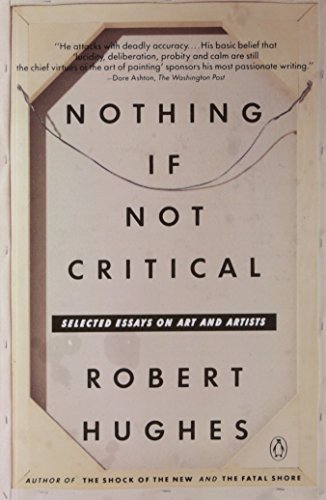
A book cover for Nothing If Not Critical: Selected Essays on Art and Artists; Robert Hughes; History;